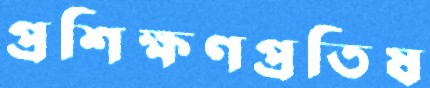
প্রশিক্ষণপ্রতিষ